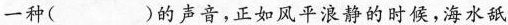
一种( )的声音，正如风平浪静的时候，海水舐